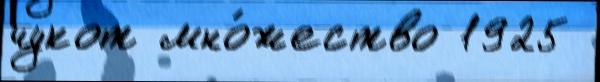
чукот мно́жество 1925